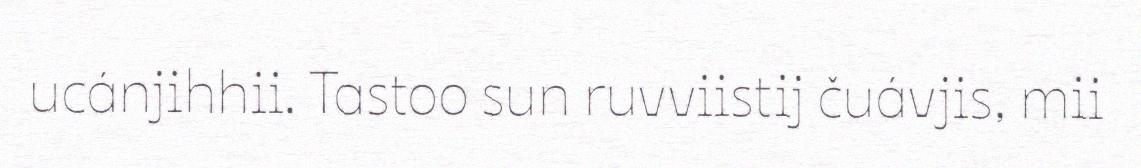
ucánjihhii. Tastoo sun ruvviistij čuávjis, mii